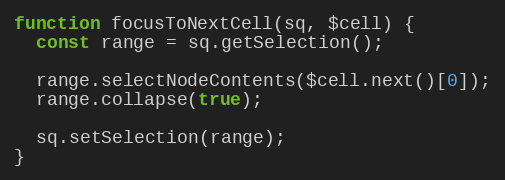
Language: JavaScript
function focusToNextCell(sq, $cell) {
  const range = sq.getSelection();

  range.selectNodeContents($cell.next()[0]);
  range.collapse(true);

  sq.setSelection(range);
}